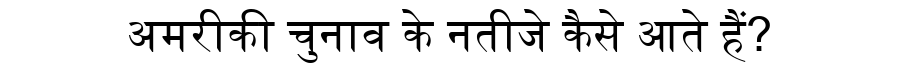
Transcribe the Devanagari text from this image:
अमरीकी चुनाव के नतीजे कैसे आते हैं?